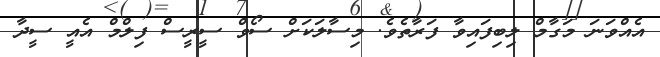
އެއްވަނަ މަގާމް ލިބިފައިވާ ފަރާތެވެ. މިސާލަކަށް ސޯވް ސީރީސް ފިލްމް އެއީ ސީދާ